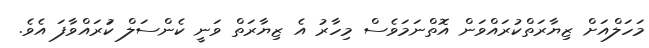
މަހަލްއަށް ޒިޔާރަތްކުރައްވަން އޮތްނަމަވެސް މިހާރު އެ ޒިޔާރަތް ވަނީ ކެންސަލް ކުަރައްވާފަ އެވެ.